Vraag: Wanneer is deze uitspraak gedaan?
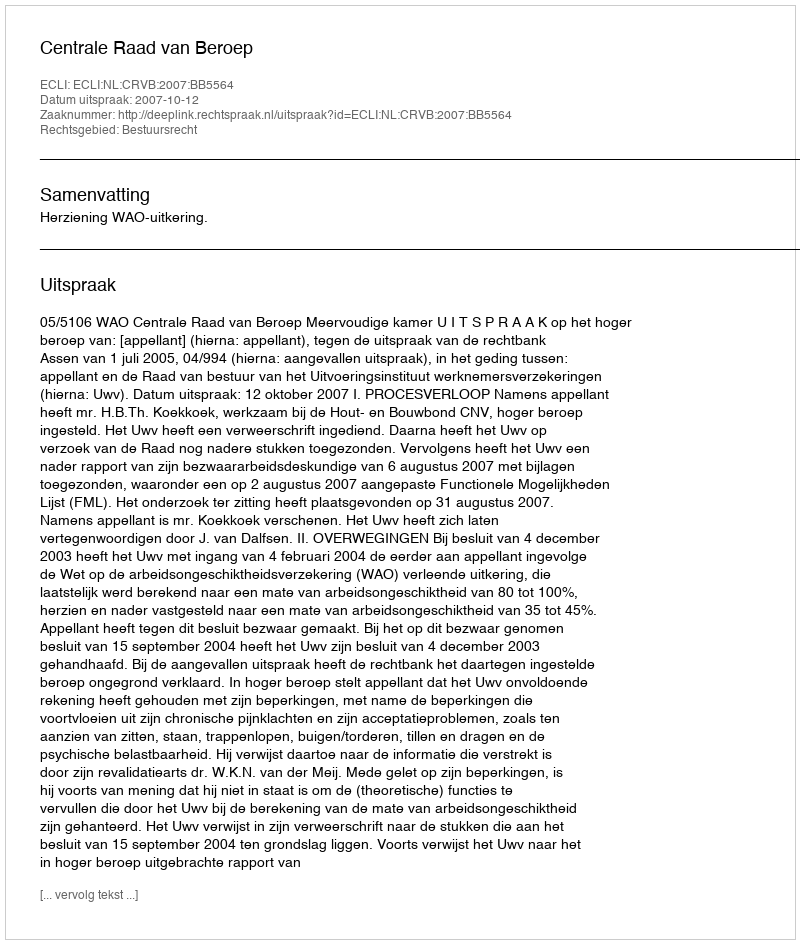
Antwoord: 2007-10-12